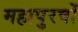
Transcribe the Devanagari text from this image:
महापुरषों